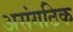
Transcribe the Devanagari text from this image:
असंगठिक